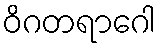
ဝိဂတရာဂေါ